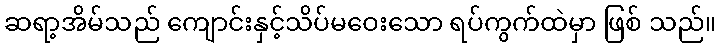
ဆရာ့အိမ်သည် ကျောင်းနှင့်သိပ်မဝေးသော ရပ်ကွက်ထဲမှာ ဖြစ် သည်။